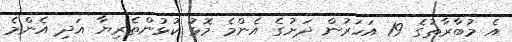
އެ މުބާރާތުގެ 19 އަހަރުން ދަށުގެ އެންމެ މޮޅު ކުޅުންތެރިޔާ އަދި އެންމެ